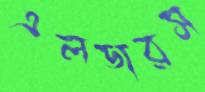
এলডারস